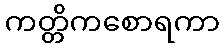
ကတ္တိကစောရကာ